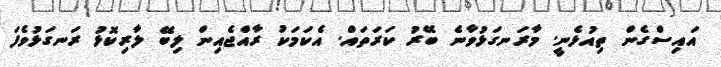
އައިސްގެން ތިއުޅެނީ. މާރަނގަޅުވާނެ ބޭރު ކަރަތައް. އެކަމަކު ރާއްޖެއިން ލިބޭ ލާރިކޮޅު ރަނގަޅުވެފަ